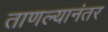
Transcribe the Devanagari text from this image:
ताणल्यानंतर